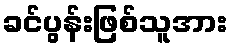
ခင်ပွန်းဖြစ်သူအား